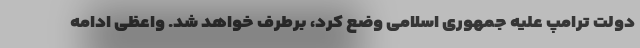
دولت ترامپ علیه جمهوری اسلامی وضع کرد، برطرف خواهد شد. واعظی ادامه